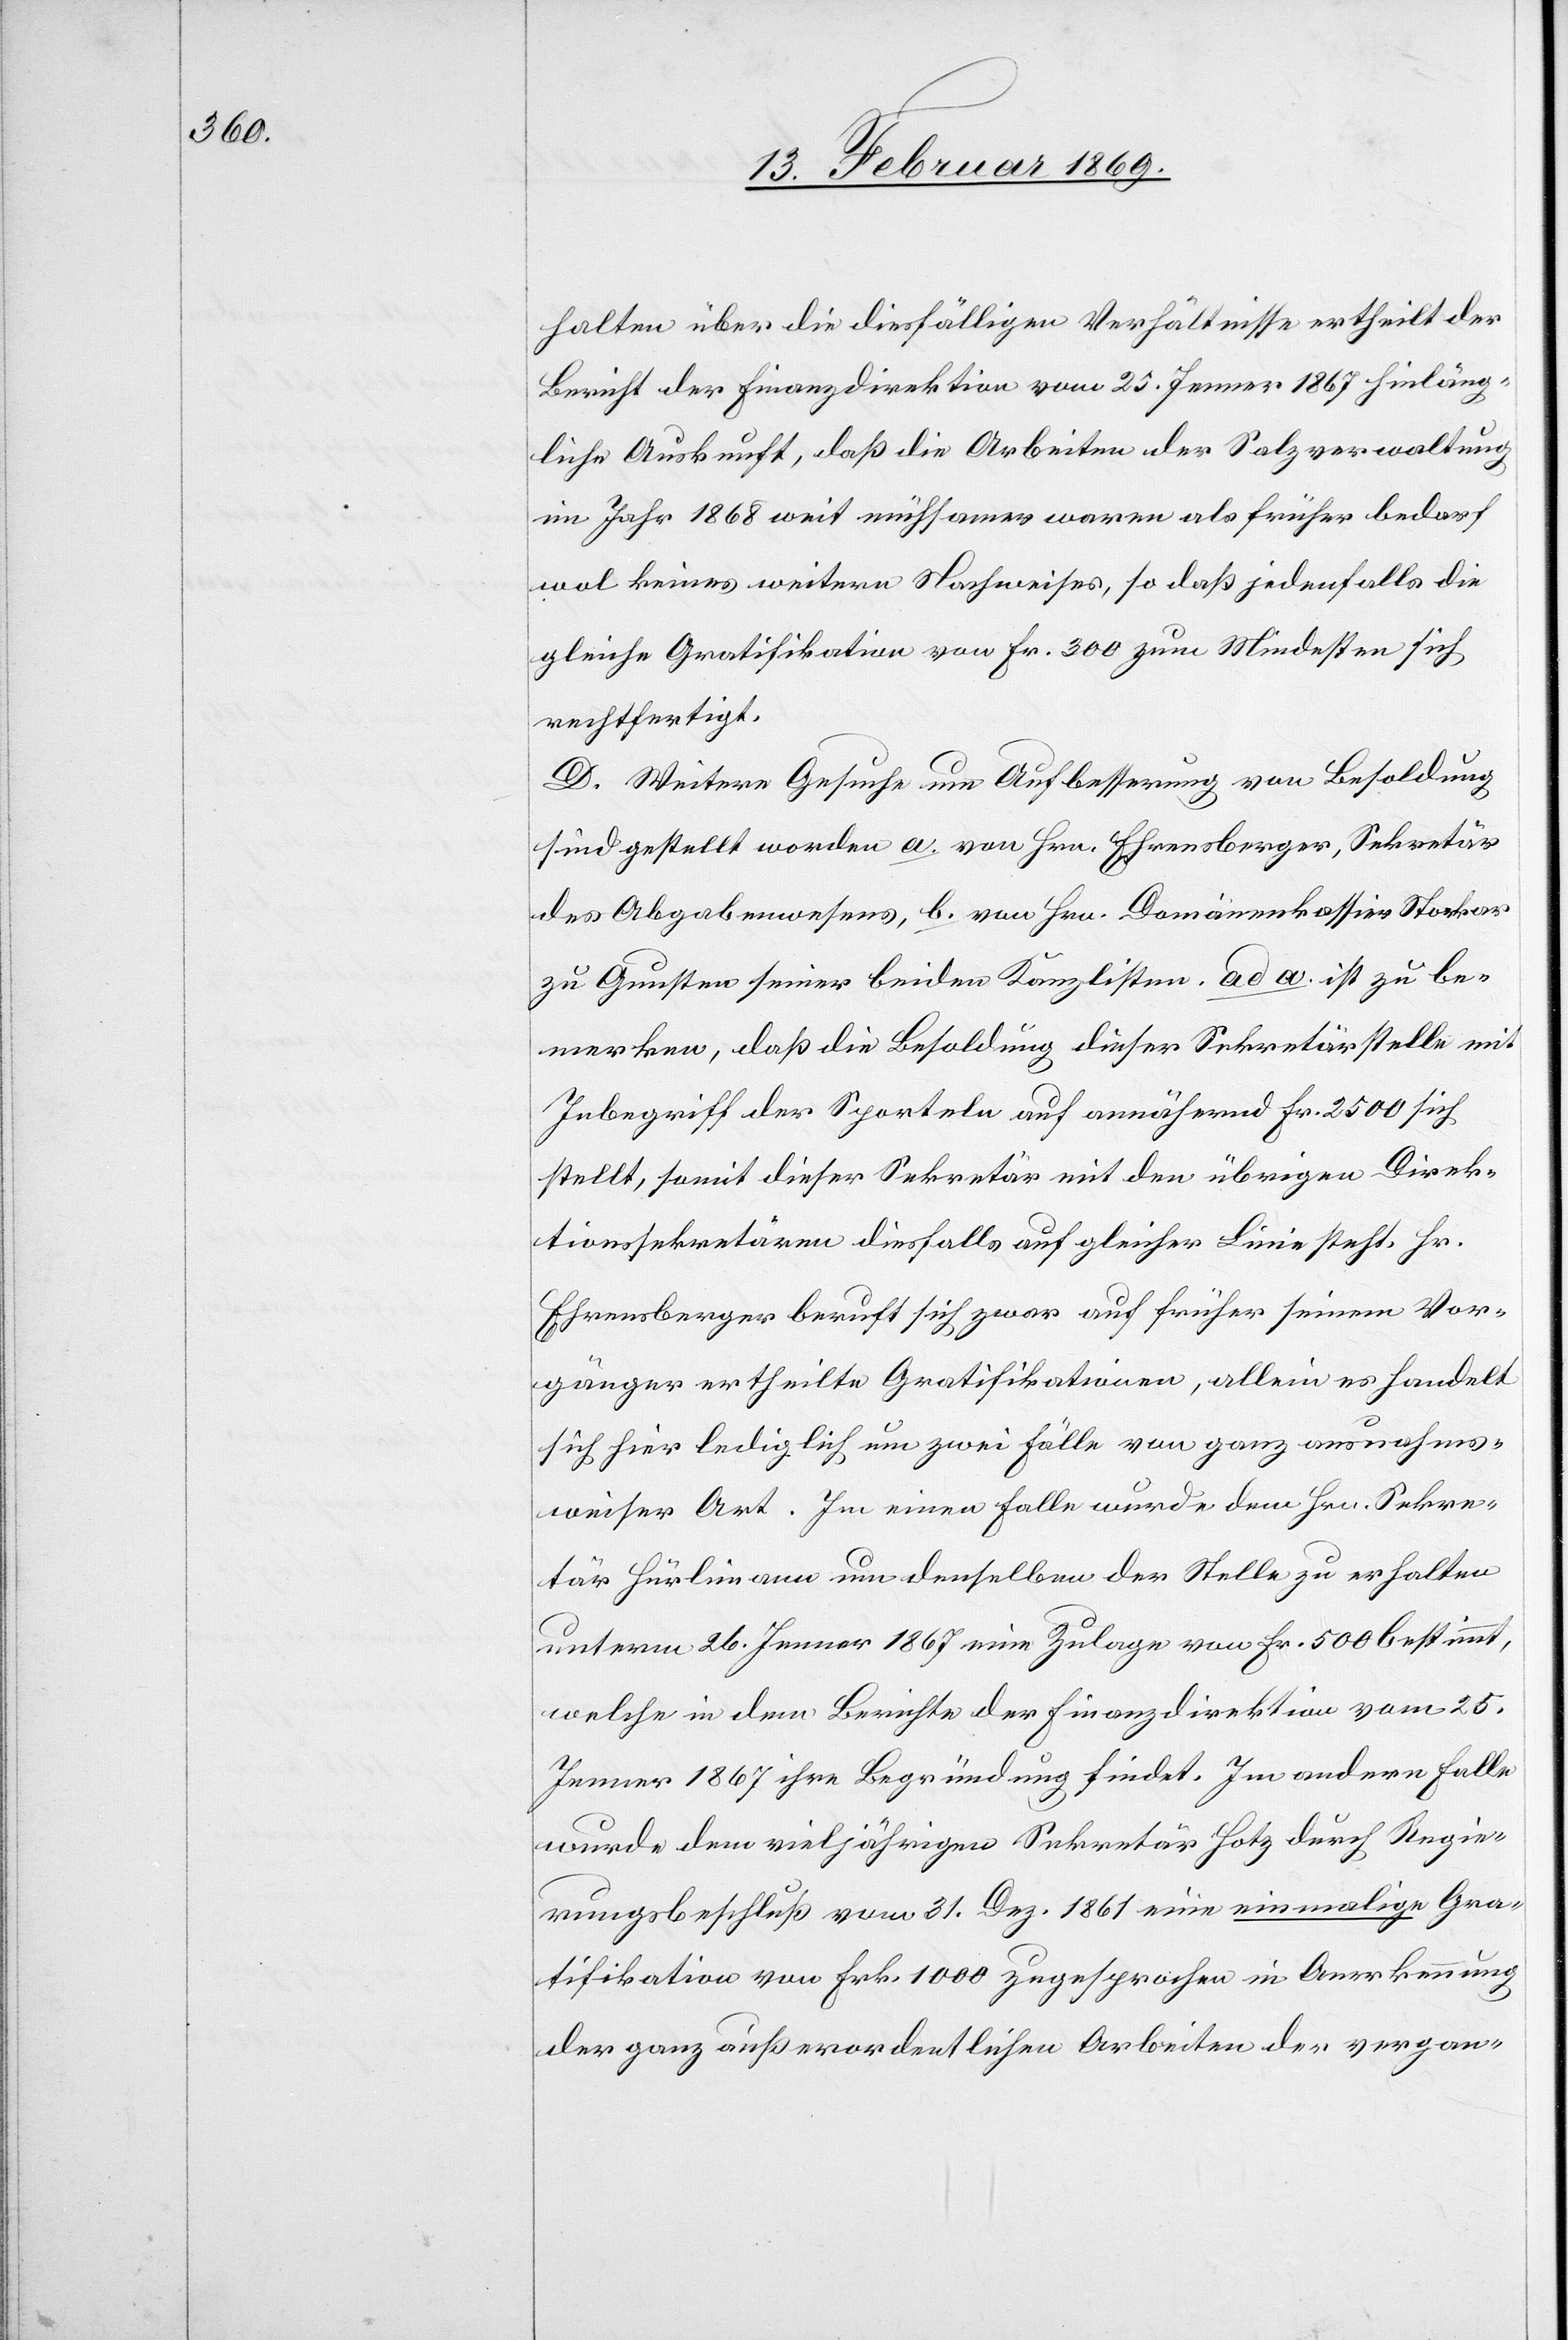
halten über die diesfälligen Verhältnisse ertheilt der
Bericht der Finanzdirektion vom 25. Jenner 1867 hinläng¬
liche Auskunft, daß die Arbeiten der Salzverwaltung
im Jahre 1868 weit mühsamer waren als früher bedarf
wol keines weitern Nachweises, so daß jedenfalls die
gleiche Gratifikation von Fr. 300 zum Mindesten sich
rechtfertigt.
D. Weitere Gesuche um Aufbesserung von Besoldung
sind gestellt worden a. von Hrn. Ehrensberger, Sekretär
des Abgabewesens, b. von Hrn. Domänenkassier Stockar
zu Gunsten seiner beiden Kanzlisten. ad a. ist zu be¬
merken, daß die Besoldung dieser Sekretärstelle mit
Inbegriff der Sporteln auf annähernd Fr. 2500 sich
stellt, somit dieser Sekretär mit den übrigen Direk¬
tionssekretären diesfalls auf gleicher Linie steht. Hr.
Ehrensberger beruft sich zwar auf früher seinem Vor¬
gänger ertheilte Gratifikationen, allein es handelt
sich hier lediglich um zwei Fälle von ganz ausnahms¬
weiser Art. Im einen Falle wurde dem Hrn. Sekre¬
tär Hürlimann um denselben der Stelle zu erhalten
unterm 26. Jenner 1867 eine Zulage von Fr. 500 bestimmt,
welche in dem Berichte der Finanzdirektion vom 25.
Jenner 1867 ihre Begründung findet. Im andern Falle
wurde dem vieljährigen Sekretär Hotz durch Regie¬
rungsbeschluß vom 31. Dez. 1861 eine einmalige Gra¬
tifikation von Frk. 1000 zugesprochen in Anerkennung
der ganz außerordentlichen Arbeiten der vergan